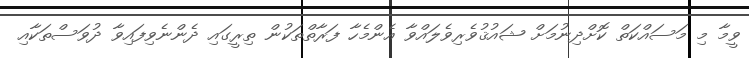
ވީމާ މި މަސައްކަތް ކޮށްދިނުމަށް ޝައުޤުވެރިވެލައްވާ އެންމެހާ ފަރާތްތަކުން ތިރީގައި ދެންނެވިފައިވާ ދުވަސްތަކާއި